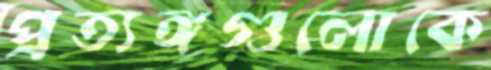
প্রত্যঙ্গগুলোকে